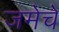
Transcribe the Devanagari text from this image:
जमेचे